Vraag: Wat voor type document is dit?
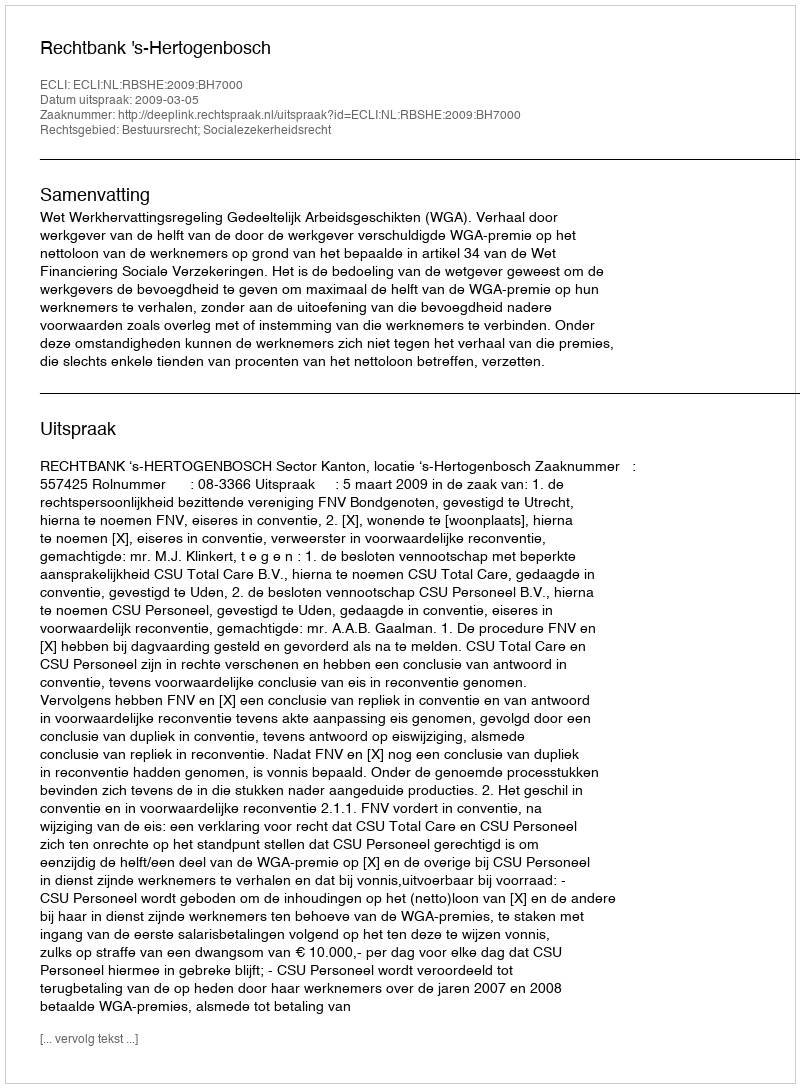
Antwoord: Uitspraak